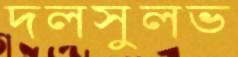
দলসুলভ